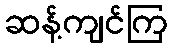
ဆန့်ကျင်ကြ